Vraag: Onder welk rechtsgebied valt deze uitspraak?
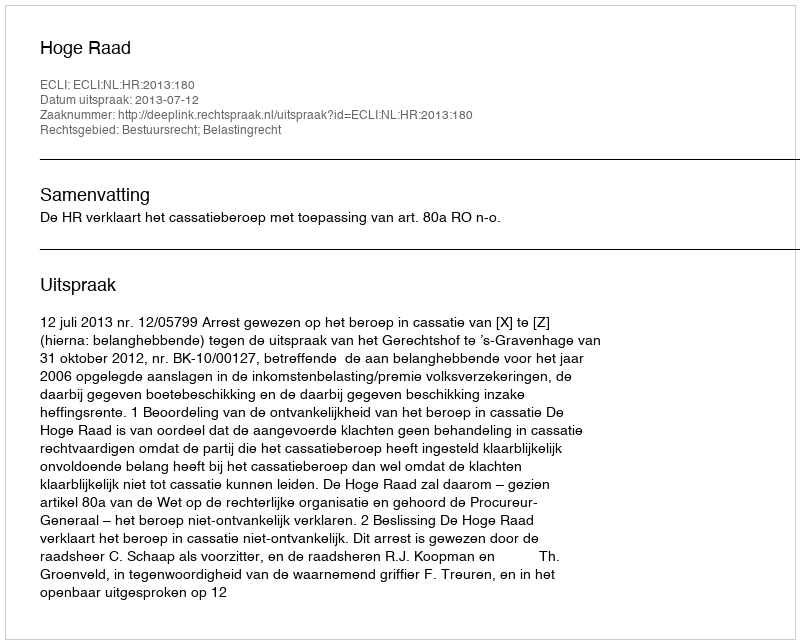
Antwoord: Bestuursrecht; Belastingrecht